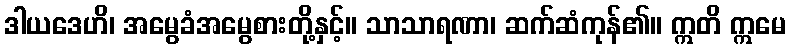
ဒါယဒေဟိ၊ အမွေခံအမွေစားတို့နှင့်။ သာသာရဏာ၊ ဆက်ဆံကုန်၏။ ဣတိ ဣမေ